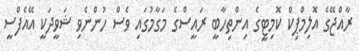
ރާއްޖޭގެ އޮލިމްޕިކް ކޮމިޓީގެ އިންތިހާބީ ރައީސްގެ މަގާމުގައި ވެސް ހުންނެވި ޝަވީދަކީ އޭއެފްސީ